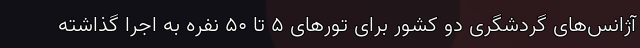
آژانس‌های گردشگری دو کشور برای تورهای ۵ تا ۵۰ نفره به اجرا گذاشته